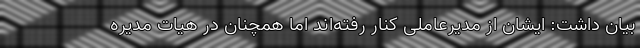
بیان داشت: ایشان از مدیرعاملی کنار رفته‌اند اما همچنان در هیات مدیره